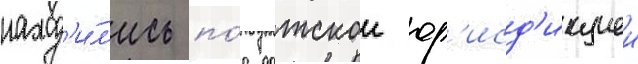
наход'и́л'ись по́д датскои юр'исд'икциеи